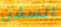
السفن